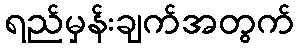
ရည်မှန်းချက်အတွက်